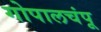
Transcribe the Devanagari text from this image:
गोपालचंपू